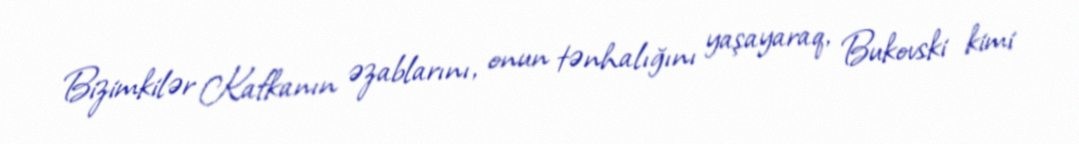
Bizimkilər Kafkanın əzablarını, onun tənhalığını yaşayaraq, Bukovski kimi